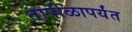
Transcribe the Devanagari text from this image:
तापोळापर्यंत